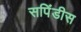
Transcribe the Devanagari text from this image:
सपिंडीस